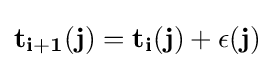
\mathbf {t_{i+1}(j)} =\mathbf {t_{i}(j)+\epsilon (j)}